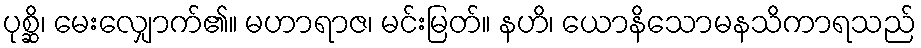
ပုစ္ဆိ၊ မေးလျှောက်၏။ မဟာရာဇ၊ မင်းမြတ်။ နဟိ၊ ယောနိသောမနသိကာရသည်